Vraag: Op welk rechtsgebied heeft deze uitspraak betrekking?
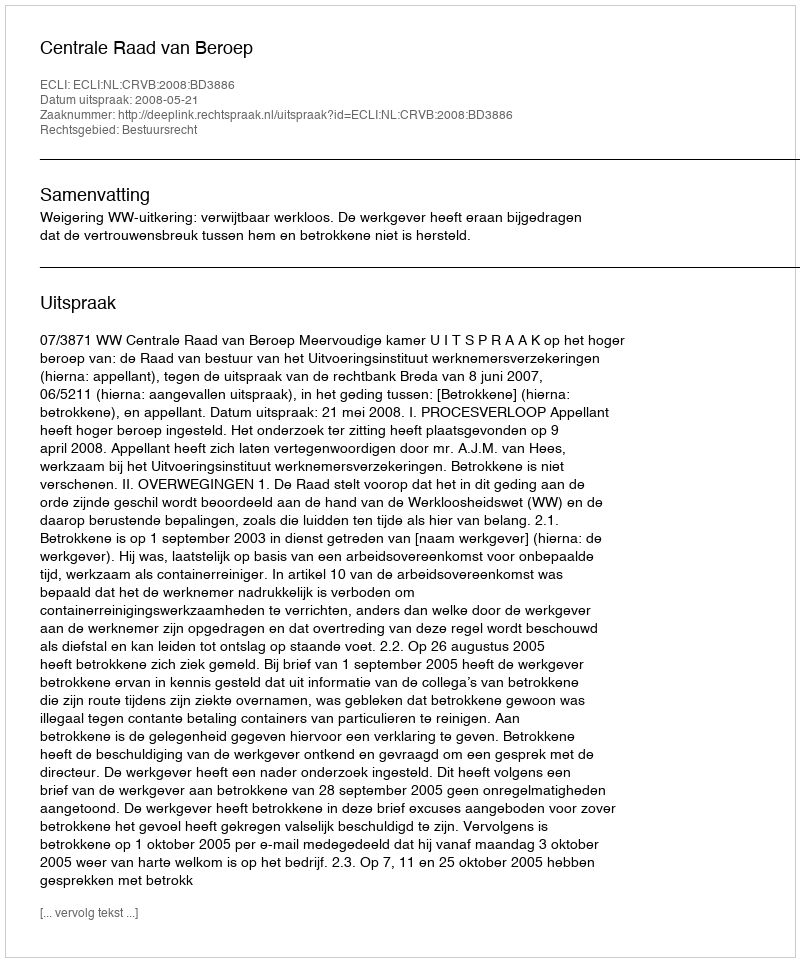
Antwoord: Bestuursrecht